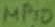
Text: MP10